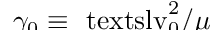
\smash { \gamma _ { 0 } \equiv \ensuremath { \mathrm { \ t e x t s l { v } } _ { 0 } } ^ { 2 } / \mu }